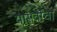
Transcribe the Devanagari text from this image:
यासर्वांचा